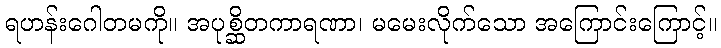
ရဟန်းဂေါတမကို။ အပုစ္ဆိတကာရဏာ၊ မမေးလိုက်သော အကြောင်းကြောင့်။